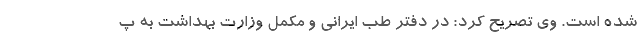
شده است. وی تصریح کرد: در دفتر طب ایرانی و مکمل وزارت بهداشت به پ